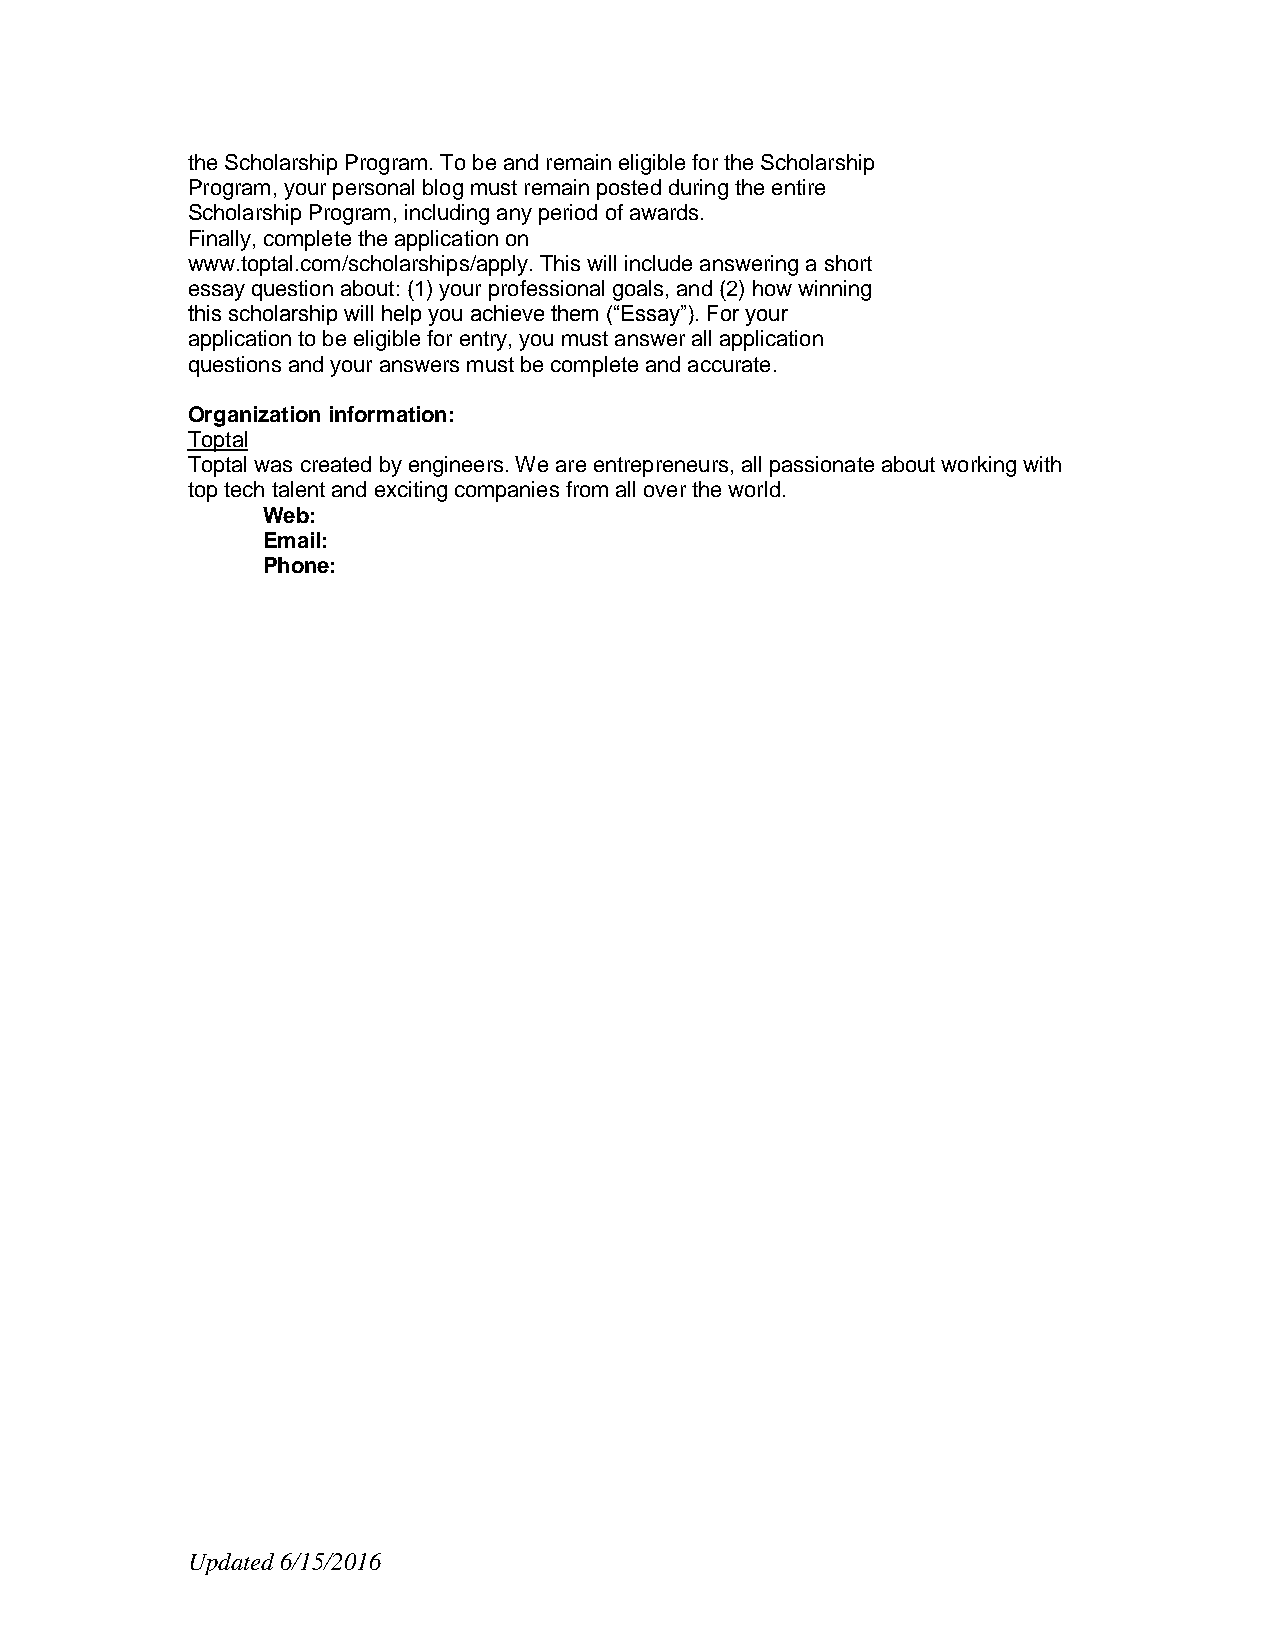
the Scholarship Program. To be and remain eligible for the Scholarship
 Program, your personal blog must remain posted during the entire
 Scholarship Program, including any period of awards.
 Finally, complete the application on
 www.toptal.com/scholarships/apply. This will include answering a short
 essay question about: (1) your professional goals, and (2) how winning
 this scholarship will help you achieve them (“Essay”). For your
 application to be eligible for entry, you must answer all application
 questions and your answers must be complete and accurate.
 Organization information:
 Toptal
 Toptal was created by engineers. We are entrepreneurs, all passionate about working with
 top tech talent and exciting companies from all over the world.
 Web:
 Email:
 Phone:
 Updated 6/15/2016